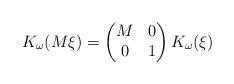
LaTeX: \begin{align*}K_\omega(M\xi) = \begin{pmatrix} M & 0 \\ 0 & 1 \end{pmatrix} K_\omega (\xi) \end{align*}